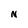
Character: N